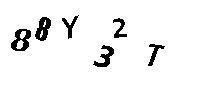
88Y32T